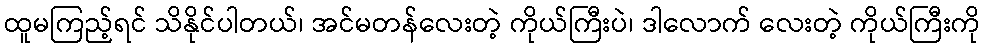
ထူမကြည့်ရင် သိနိုင်ပါတယ်၊ အင်မတန်လေးတဲ့ ကိုယ်ကြီးပဲ၊ ဒါလောက် လေးတဲ့ ကိုယ်ကြီးကို